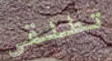
تطلقي